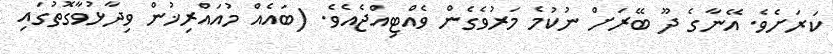
ކަރަށެވެ. އޭނާގެ ދޫ ބޭރަށް ނުކުމެ މަރުވެގެން ވެއްޓިއްޖެއެވެ. (ބައެއް މުއައްރިޚުން ވިދާޅުވާގޮތުގައި